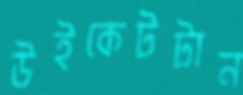
উইকেটটান